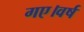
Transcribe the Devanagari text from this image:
गए।वर्ष